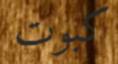
كبوت